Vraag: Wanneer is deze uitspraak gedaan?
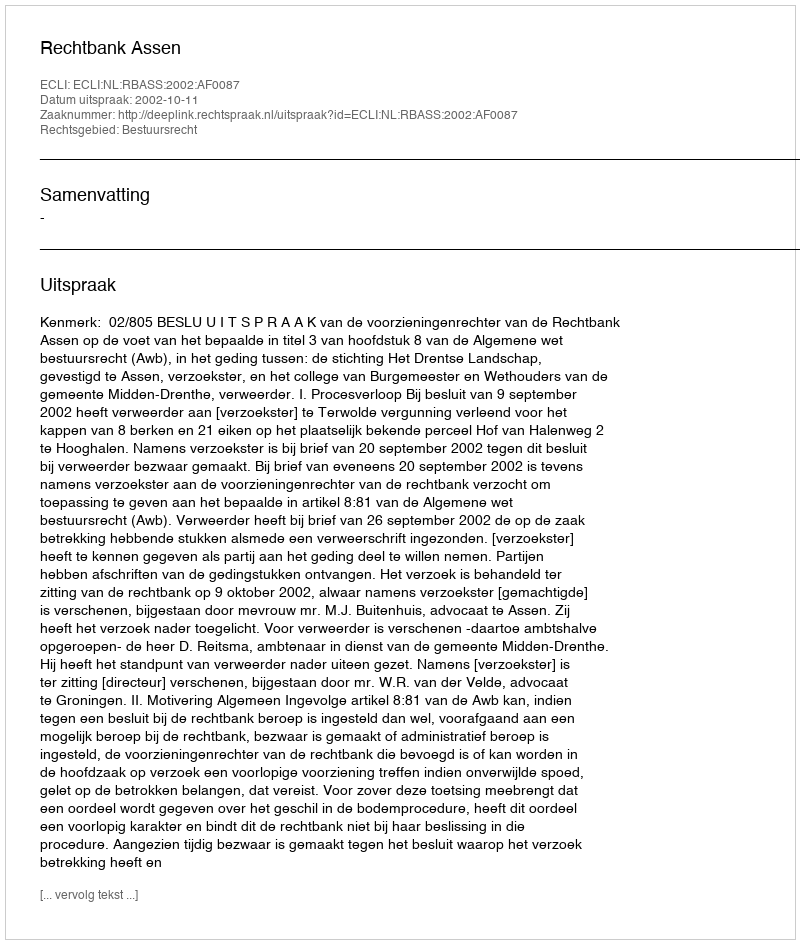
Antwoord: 2002-10-11